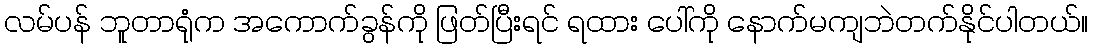
လမ်ပန် ဘူတာရုံက အကောက်ခွန်ကို ဖြတ်ပြီးရင် ရထား ပေါ်ကို နောက်မကျဘဲတက်နိုင်ပါတယ်။